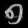
Digit: ၅